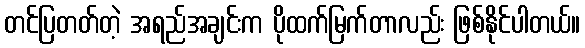
တင်ပြတတ်တဲ့ အရည်အချင်းက ပိုထက်မြက်တာလည်း ဖြစ်နိုင်ပါတယ်။